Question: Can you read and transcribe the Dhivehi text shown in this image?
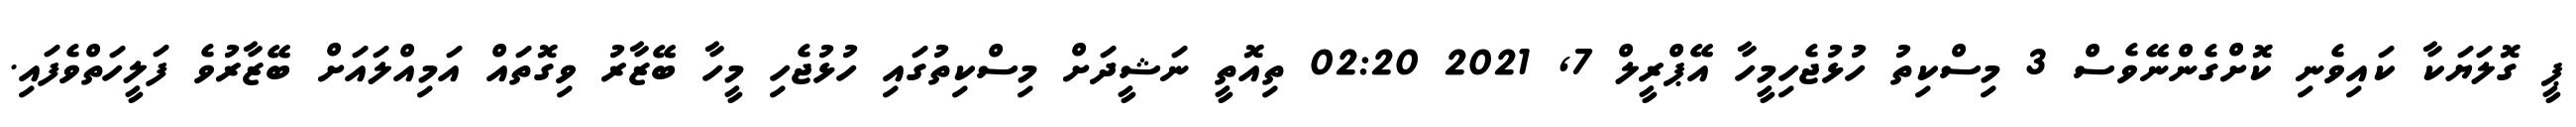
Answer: ޕީ ގޮލަޔަކާ ކައިވެނި ކޮށްގެންނޭވެސް 3 މިސްކިތު ހުޅުޖެހިމީހާ އޭޕްރީލް 7, 2021 02:20 ތިއޮތީ ނަޝީދަށް މިސްކިތުގައި ހުޅުޖެހި މީހާ ބޭޒާރު ވިގޮތައް އަމިއްލައަށް ބޭޒާރުވެ ފަލީހަތްވެފައި.